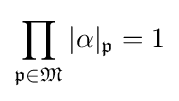
\prod _{{\mathfrak {p}}\in {\mathfrak {M}}}\vert \alpha \vert _{\mathfrak {p}}=1